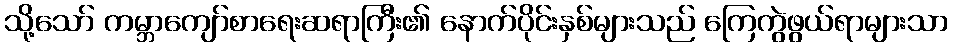
သို့သော် ကမ္ဘာကျော်စာရေးဆရာကြီး၏ နောက်ပိုင်းနှစ်များသည် ကြေကွဲဖွယ်ရာများသာ